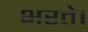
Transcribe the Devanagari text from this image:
भरते।